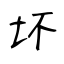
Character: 坏